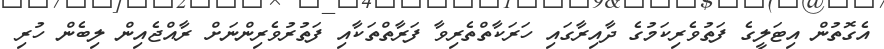
އެގޮތުން އިޓަލީގެ ފަތުވެރިކަމުގެ ދާއިރާގައި ހަރަކާތްތެރިވާ ފަރާތްތަކާއި ފަތުރުވެރިންނަށް ރާއްޖެއިން ލިބެން ހުރި